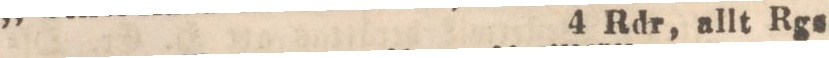
4 Rdr, allt Rgs.